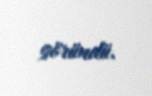
göründü.